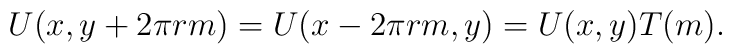
U(x,y+2\pi rm)=U(x-2\pi rm,y)=U(x,y)T(m).